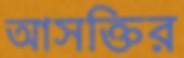
আসক্তির